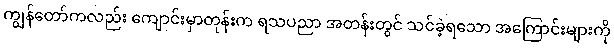
ကျွန်တော်ကလည်း ကျောင်းမှာတုန်းက ရသပညာ အတန်းတွင် သင်ခဲ့ရသော အကြောင်းများကို